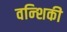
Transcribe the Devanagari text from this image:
वन्शिकी